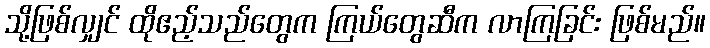
သို့ဖြစ်လျှင် ထိုဧည့်သည်တွေက ကြယ်တွေဆီက လာကြခြင်း ဖြစ်မည်။